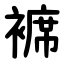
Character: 褯